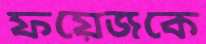
ফয়েজকে